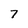
Character: 7